Indian journal of veterinary science and animal husbandry - Volumes 24-25, 1954-1955
Year: 1954
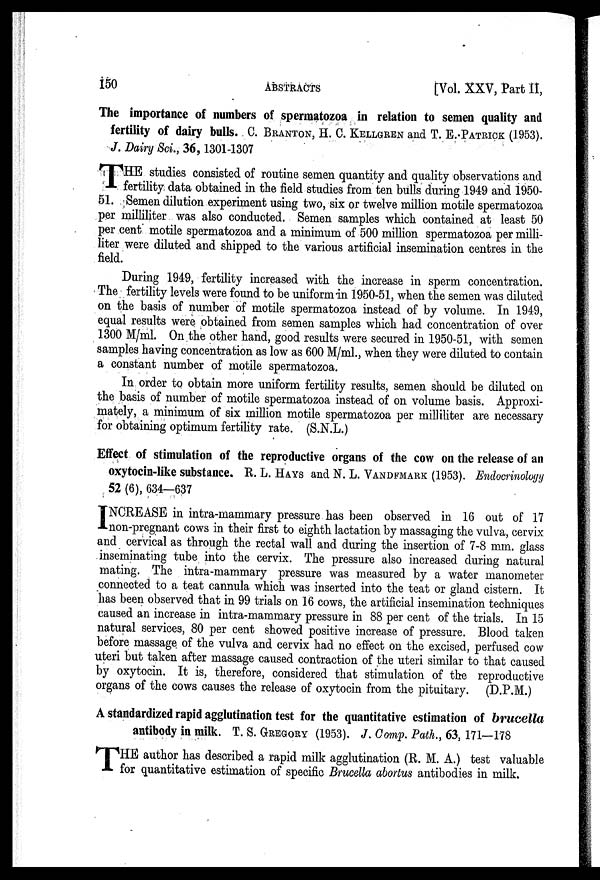
150
ABSTRACTS
[Vol. XXV, Part II,
The importance of numbers of spermatozoa in relation to semen quality and
fertility of dairy bulls. C. BRANTON, H. C. KELLGREN and T. E. PATRICK (1953).
J. Dairy Sci., 36, 1301-1307
T HE studies consisted of routine semen quantity and quality observations and
fertility data obtained in the field studies from ten bulls during 1949 and 1950-
51. Semen dilution experiment using two, six or twelve million motile spermatozoa
per milliliter was also conducted. Semen samples which contained at least 50
per cent motile spermatozoa and a minimum of 500 million spermatozoa per milli-
liter were diluted and shipped to the various artificial insemination centres in the
field.
During 1949, fertility increased with the increase in sperm concentration.
The fertility levels were found to be uniform in 1950-51, when the semen was diluted
on the basis of number of motile spermatozoa instead of by volume. In 1949,
equal results were obtained from semen samples which had concentration of over
1300 M/ml. On the other hand, good results were secured in 1950-51, with semen
samples having concentration as low as 600 M/ml., when they were diluted to contain
a constant number of motile spermatozoa.
In order to obtain more uniform fertility results, semen should be diluted on
the basis of number of motile spermatozoa instead of on volume basis. Approxi-
mately, a minimum of six million motile spermatozoa per milliliter are necessary
for obtaining optimum fertility rate. (S.N.L.)
Effect of stimulation of the reproductive organs of the cow on the release of an
oxytocin-like substance. R. L. HAYS and N. L. VANDFMARK (1953). Endocrinology
52 (6), 634—637
I NCREASE in intra-mammary pressure has been observed in 16 out of 17
non-pregnant cows in their first to eighth lactation by massaging the vulva, cervix
and cervical as through the rectal wall and during the insertion of 7-8 mm. glass
inseminating tube into the cervix. The pressure also increased during natural
mating. The intra-mammary pressure was measured by a water manometer
connected to a teat cannula which was inserted into the teat or gland cistern. It
has been observed that in 99 trials on 16 cows, the artificial insemination techniques
caused an increase in intra-mammary pressure in 88 per cent of the trials. In 15
natural services, 80 per cent showed positive increase of pressure. Blood taken
before massage of the vulva and cervix had no effect on the excised, perfused cow
uteri but taken after massage caused contraction of the uteri similar to that caused
by oxytocin. It is, therefore, considered that stimulation of the reproductive
organs of the cows causes the release of oxytocin from the pituitary. (D.P.M.)
A standardized rapid agglutination test for the quantitative estimation of brucella
antibody in milk. T. S. GREGORY (1953). J. Comp. Path., 63, 171—178
T HE author has described a rapid milk agglutination (R. M. A.) test valuable
for quantitative estimation of specific Brucella abortus antibodies in milk.